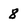
Character: 8